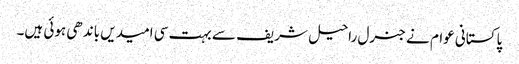
پاکستانی عوام نے جنرل راحیل شریف سے بہت سی امیدیں باندھی ہوئی ہیں۔